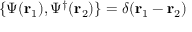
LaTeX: \{ \Psi ( \mathbf { r } _ { 1 } ) , \Psi ^ { \dagger } ( \mathbf { r } _ { 2 } ) \} = \delta ( \mathbf { r } _ { 1 } - \mathbf { r } _ { 2 } )